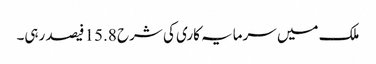
ملک میں سرمایہ کاری کی شرح 15.8 فیصد رہی۔